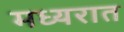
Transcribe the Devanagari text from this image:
मध्यरात